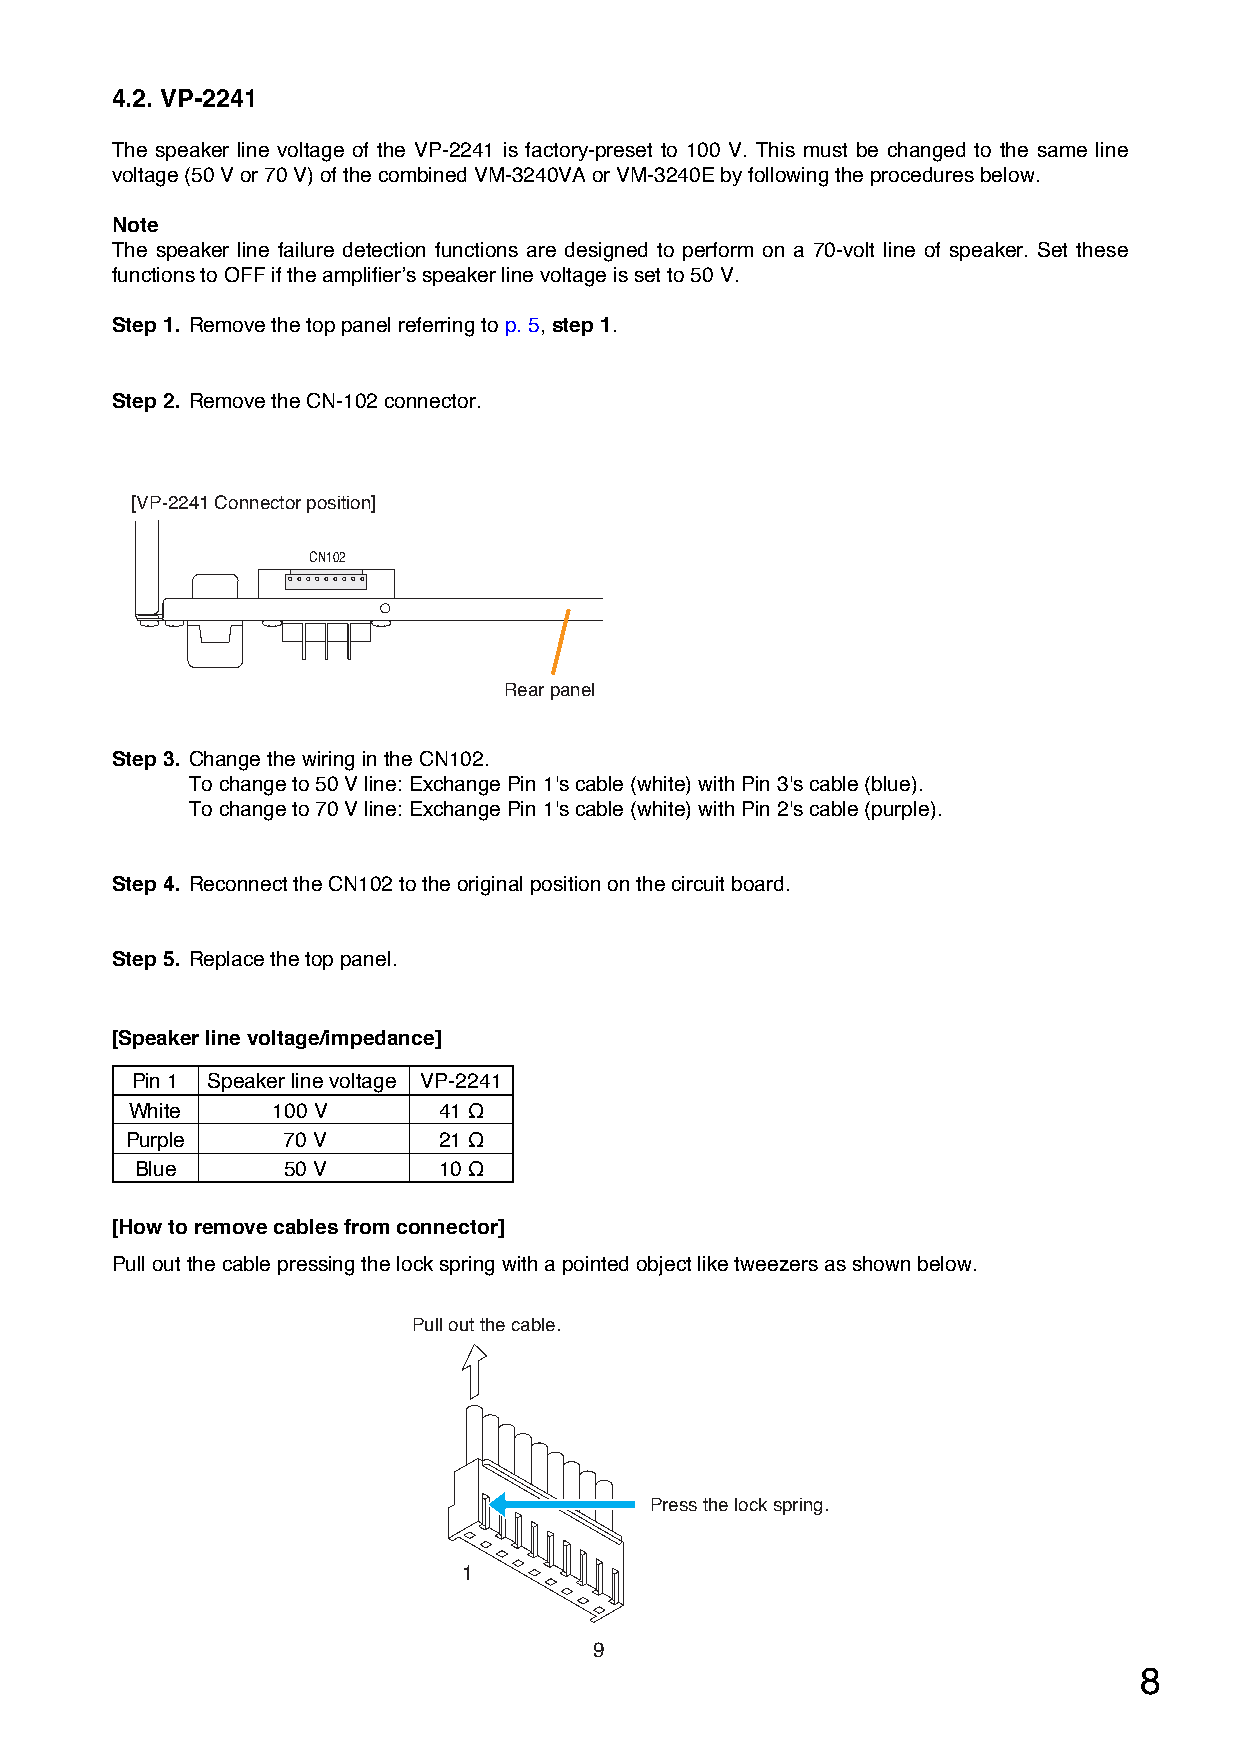
4.2. VP-2241
 The speaker line voltage of the VP-2241 is factory-preset to 100 V. This must be changed to the same line
 voltage (50 V or 70 V) of the combined VM-3240VA or VM-3240Eby following the procedures below.
 Note
 The speaker line failure detection functions are designed to perform on a 70-volt line of speaker. Set these
 functions to OFF if the amplifier’s speaker line voltage is set to 50 V.
 Step 1. Remove the top panel referring to p. 5, step 1.
 Step 2. Remove the CN-102 connector.
 [VP-2241 Connector position]
 CN102
 Rear panel
 Step 3. Change the wiring in the CN102.
 To change to 50 V line: Exchange Pin 1's cable (white) with Pin 3's cable (blue).
 To change to 70 V line: Exchange Pin 1's cable (white) with Pin 2's cable (purple).
 Step 4. Reconnect the CN102 to the original position on the circuit board.
 Step 5. Replace the top panel.
 [Speaker line voltage/impedance]
 Pin 1 Speaker line voltage VP-2241
 White    100 V      41 Ω
 Purple     70 V      21 Ω
 Blue      50 V      10 Ω
 [How to remove cables from connector]
 Pull out the cable pressing the lock spring with a pointed object like tweezers as shown below.
 Pull out the cable.
 Press the lock spring.
 1
 9
 8